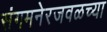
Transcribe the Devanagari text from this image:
संगमनेरजवळच्या